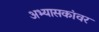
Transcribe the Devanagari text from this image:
अभ्यासकांवर